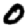
Digit: 0